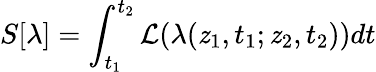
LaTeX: S[\lambda]=\int_{t_{1}}^{t_{2}}{\cal{L}}(\lambda(\mathit{z}_{1},t_{1};\mathit{z}_{2},t_{2}))dt